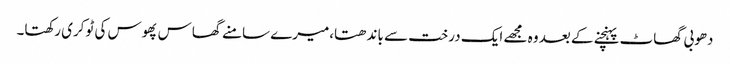
دھوبی گھاٹ پہنچنے کے بعد وہ مجھے ایک درخت سے باندھتا،میرے سامنے گھاس پھوس کی ٹوکری رکھتا۔